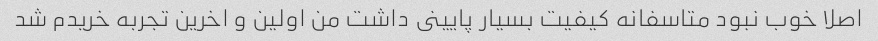
اصلا خوب نبود متاسفانه کیفیت بسیار پایینى داشت من اولین و اخرین تجربه خریدم شد